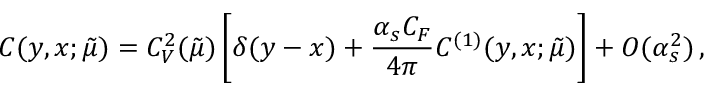
C ( y , x ; \tilde { \mu } ) = C _ { V } ^ { 2 } ( \tilde { \mu } ) \left[ \delta ( y - x ) + { \frac { \alpha _ { s } C _ { F } } { 4 \pi } } C ^ { ( 1 ) } ( y , x ; \tilde { \mu } ) \right] + O ( \alpha _ { s } ^ { 2 } ) \, ,